Lunatic asylums in Bengal annual reports 1899-1911 - 1899-1911
Year: 1899
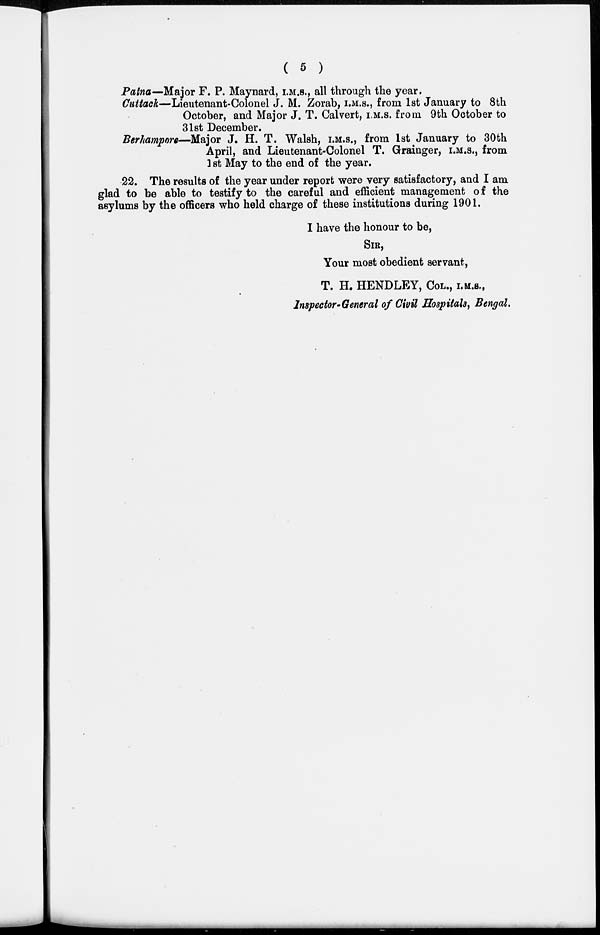
( 5 )
Patna—Major F. P. Maynard, I.M.S., all through the year.
Cuttack—Lieutenant-Colonel J. M. Zorab, I.M.S., from 1st January to 8th
October, and Major J. T. Calvert, I.M.S. from 9th October to
31st December.
Berhampore—Major J. H. T. Walsh, I.M.S., from 1st January to 30th
April, and Lieutenant-Colonel T. Grainger, I.M.S., from
1st May to the end of the year.
22. The results of the year under report were very satisfactory, and I am
glad to be able to testify to the careful and efficient management of the
asylums by the officers who held charge of these institutions during 1901.
I have the honour to be,
SIR,
Your most obedient servant,
T. H. HENDLEY, COL., I.M.S.,
Inspector-General of Civil Hospitals, Bengal.